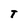
Character: T